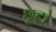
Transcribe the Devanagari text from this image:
छूटो